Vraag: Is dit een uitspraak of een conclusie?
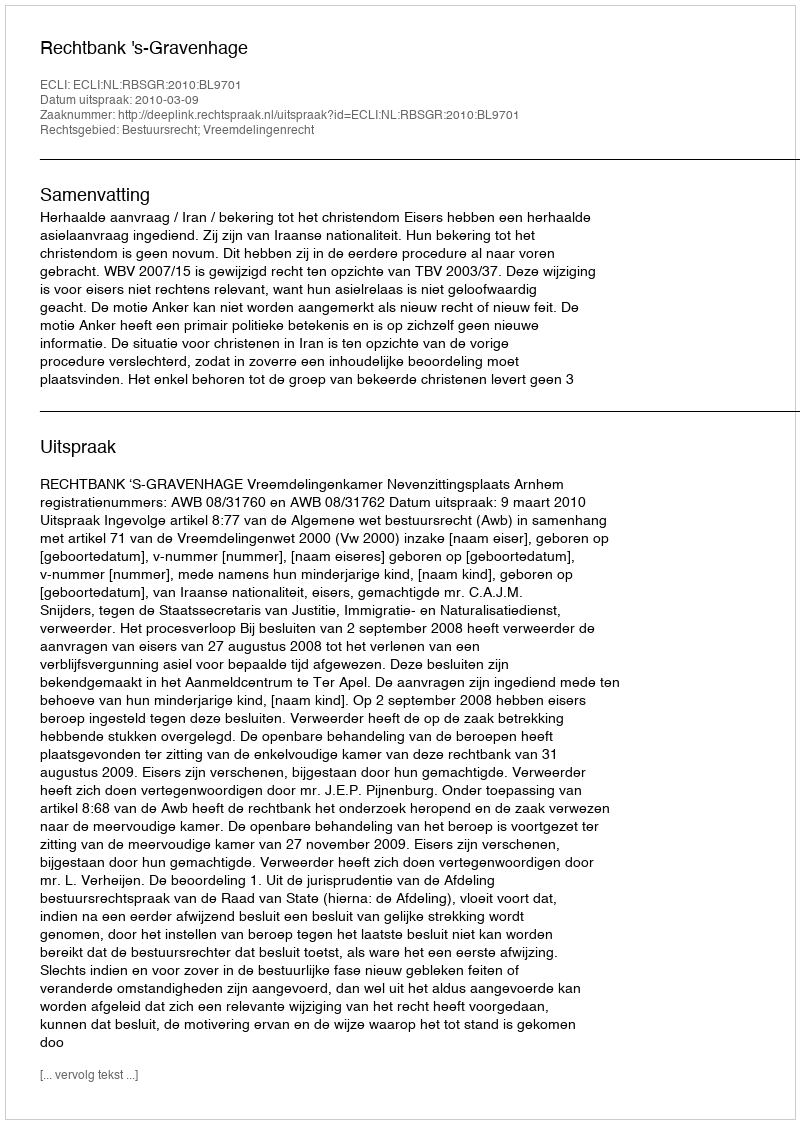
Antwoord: Uitspraak